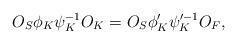
LaTeX: \begin{align*} O_S\phi_K\psi^{-1}_KO_K=O_S\phi'_K\psi'^{-1}_KO_F, \end{align*}